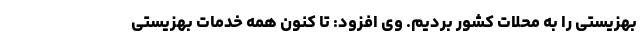
بهزیستی را به محلات کشور بردیم. وی افزود: تا کنون همه خدمات بهزیستی